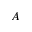
A